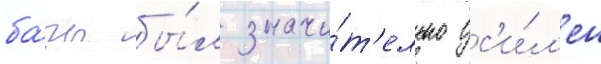
ба́зы бы́л значи́т'ельно ус'и́л'ен